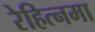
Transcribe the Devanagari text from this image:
रेहित्नमा